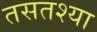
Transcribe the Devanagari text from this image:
तसतश्या